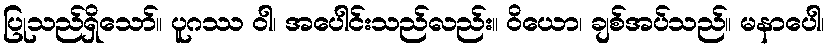
ပြုသည်ရှိသော်။ ပူဂဿ ဝါ၊ အပေါင်းသည်လည်း။ ဝိယော၊ ချစ်အပ်သည်။ မနာပေါ၊